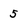
Character: 5